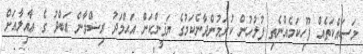
މަސައްކަތެއް ފޫހިކަމެއްނެތި ފުލުހުން ކުރަމުންދާނެކަމުގެ ޔަޤީންކަން އަޙްމަދު ރިޟްވާން ޢަބްދު ގެ ޢާއިލާއަށް